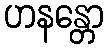
ဟနန္တော